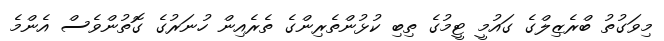
މިވަގުތު ބްރެޒިލްގެ ގައުމީ ޓީމުގެ ތިބި ކުޅުންތެރިންގެ ތެރެއިން ހުނަރުގެ ގޮތުންވެސް އެންމެ